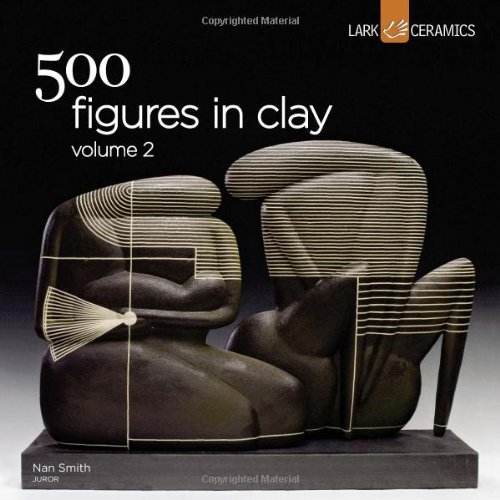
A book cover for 500 Figures in Clay Volume 2 (500 Series); Nan Smith; Crafts, Hobbies & Home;